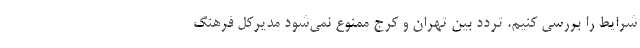
شرایط را بررسی کنیم. تردد بین تهران و کرج ممنوع نمی‌شود مدیرکل فرهنگ